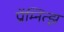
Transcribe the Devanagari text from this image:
प्रॉम्नित्झ